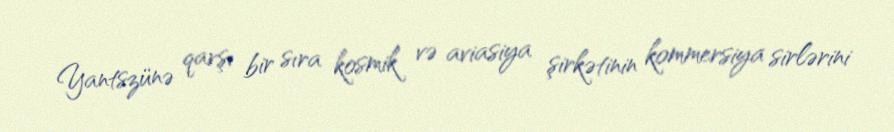
Yantszünə qarşı bir sıra kosmik və aviasiya şirkətinin kommersiya sirlərini